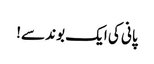
پانی کی ایک بوند سے!